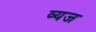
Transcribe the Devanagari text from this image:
व्यज